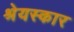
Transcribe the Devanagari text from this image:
श्रेयस्कार